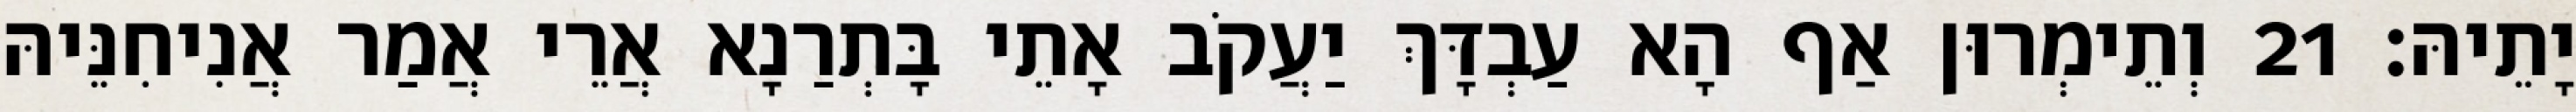
יָתֵיהּ׃ 21 וְתֵימְרוּן אַף הָא עַבְדָּךְ יַעֲקֹב אָתֵי בָּתְרַנָא אֲרֵי אֲמַר אֲנִיחִנֵּיהּ